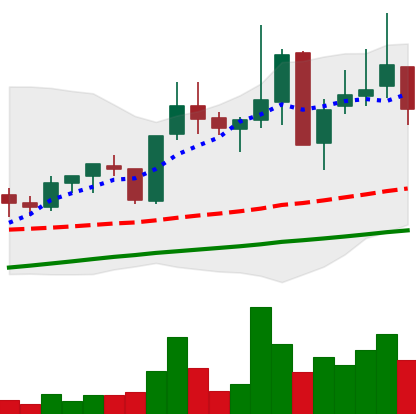
Ticker: XLM-USD
Chart end date: 2021-05-17
Forward return: -39.598%
Label: down_7plus